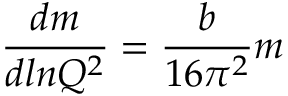
{ \frac { d m } { d l n { Q ^ { 2 } } } } = { \frac { b } { 1 6 { \pi } ^ { 2 } } } m